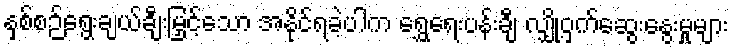
နှစ်စဉ်ရွေးချယ်ချီးမြှင့်သော အနိုင်ရခဲ့ပါက ရွှေရေးပန်းချီ လျှို့ဝှက်ဆွေးနွေးမှုများ